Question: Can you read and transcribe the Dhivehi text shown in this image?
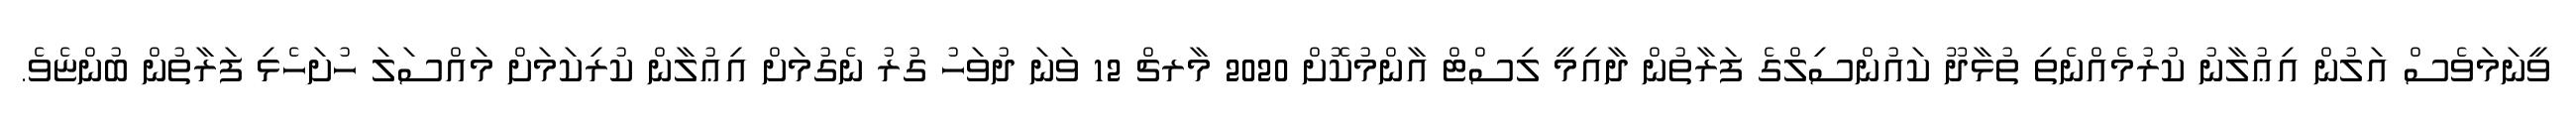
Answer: ވީނަމަވެސް އަލުން އިޢުލާނު ކުރުމެއްނެތި ތުޅާދޫ ކައުންސިލްގެ ފަރާތުން ދާއިމީ ލިސްޓް އާންމުކޮށް 2020 މާރޗް 12 ވަނަ ދުވަހު ގުރު ނެގުމަށް އިޢުލާން ކުރިކަމަށް މައްސަލަ ހުށަހެޅި ފަރާތުން ބުންޏެވެ.